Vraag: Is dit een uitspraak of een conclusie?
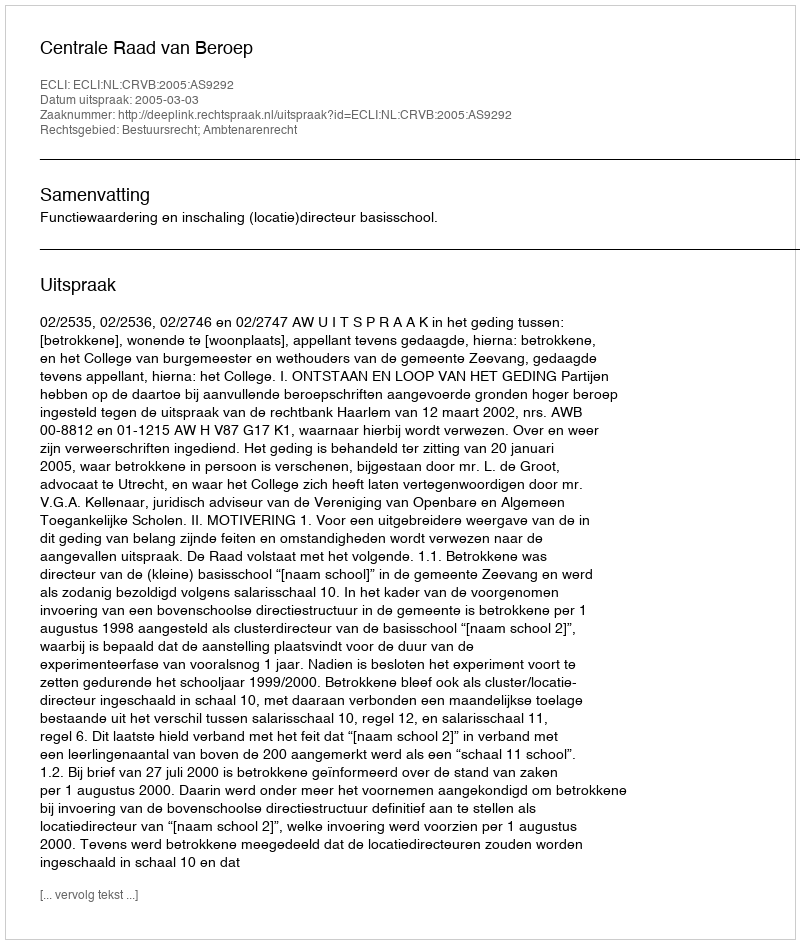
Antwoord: Uitspraak